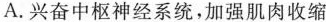
A.兴奋中枢神经系统，加强肌肉收缩